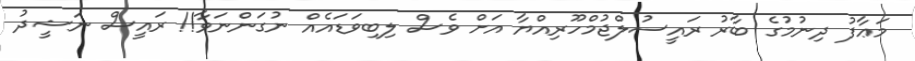
މަޢާފު ދިނުމުގެ ބާރު ރައީސުލްޖުމްހޫރިއްޔާ އަށް ވެސް ލިބިވަޑައެއް ނުގަންނަވާ!! ރައީސް ނަޝީދު